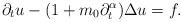
LaTeX: \begin{align*}\partial_t u - (1+m_0\partial_t^\alpha)\Delta u = f.\end{align*}